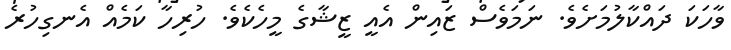
ވާހަކަ ދައްކާލުމަށެވެ. ނަމަވެސް ޒައިން އެއީ ޒީޝާގެ މީހެކެވެ. ހުރިހާ ކަމެއް އެނގިހުރެ